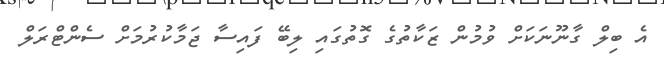
އެ ބިލް ގާނޫނަކަށް ވުމުން ޒަކާތުގެ ގޮތުގައި ލިބޭ ފައިސާ ޖަމާކުރުމަށް ސެންޓްރަލް